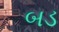
બડ